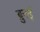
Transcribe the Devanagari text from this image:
ब्रुनई